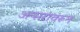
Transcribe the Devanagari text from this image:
अप्सरांवरून